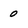
Character: 0